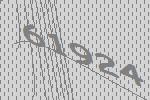
61924